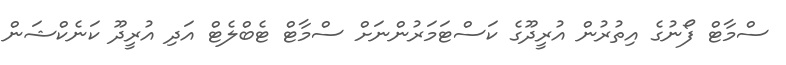
ސްމާޓް ފޯނުގެ އިތުރުން އުރީދޫގެ ކަސްޓަމަރުންނަށް ސްމާޓް ޓެބްލެޓް އަދި އުރީދޫ ކަނެކްޝަން